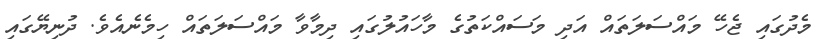
މެދުގައި ޖެހޭ މައްސަލަތައް އަދި މަސައްކަތުގެ މާހައުލުގައި ދިމާވާ މައްސަލަތައް ހިމެނެއެވެ. ދުނިޔޭގައި